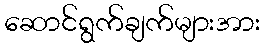
ဆောင်ရွက်ချက်များအား